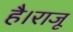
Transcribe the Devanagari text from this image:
है।राजू